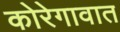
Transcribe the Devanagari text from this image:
कोरेगावात